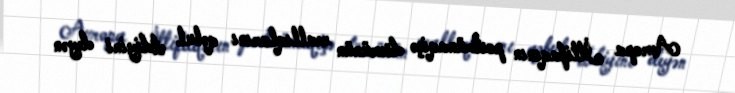
Avropa İttifaqının postmünaqişə dövrünün reallıqlarını qəbul etdiyini deyən